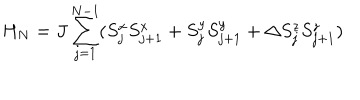
H _ { N } = J \sum _ { j = 1 } ^ { N - 1 } ( S _ { j } ^ { x } S _ { j + 1 } ^ { x } + S _ { j } ^ { y } S _ { j + 1 } ^ { y } + \Delta S _ { j } ^ { z } S _ { j + 1 } ^ { z } )